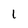
Character: 1